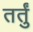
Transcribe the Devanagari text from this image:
तर्तुं